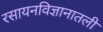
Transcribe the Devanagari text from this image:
रसायनविज्ञानातली